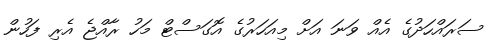
ސަރައްހަދުގެ އެއް ވަނަ އަށް މިއަހަރުގެ އޮގަސްޓް މަހު ރާއްޖެ އެރި ފަހުން